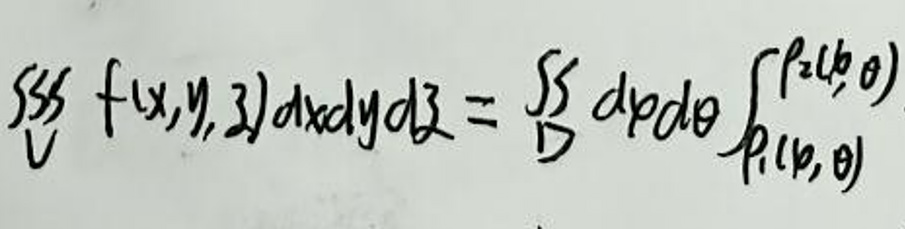
$\iiint_{V} f(x,y,z)dxdydz = \int_{\alpha}^{\beta} d\varphi \int_{\theta_1(\varphi)}^{\theta_2(\varphi)} d\theta \int_{\rho_1(\rho,\theta)}^{\rho_2(\rho,\theta)}$